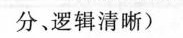
分、逻辑清晰)